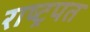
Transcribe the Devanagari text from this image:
राष्ट्रपत